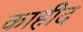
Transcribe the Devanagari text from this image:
काहीद